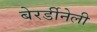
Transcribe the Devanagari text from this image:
बेरर्डीनेली